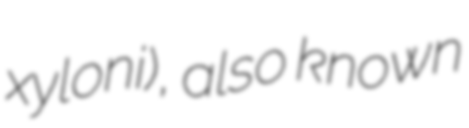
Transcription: xyloni), also known